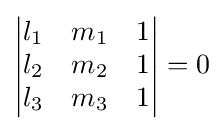
{\begin{vmatrix}l_{1}&m_{1}&1\\l_{2}&m_{2}&1\\l_{3}&m_{3}&1\end{vmatrix}}=0